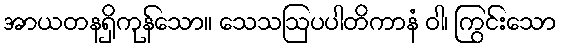
အာယတနရှိကုန်သော။ သေသဩပပါတိကာနံ ဝါ၊ ကြွင်းသော